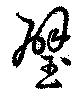
璧